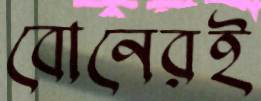
বোনেরই